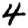
Digit: 4